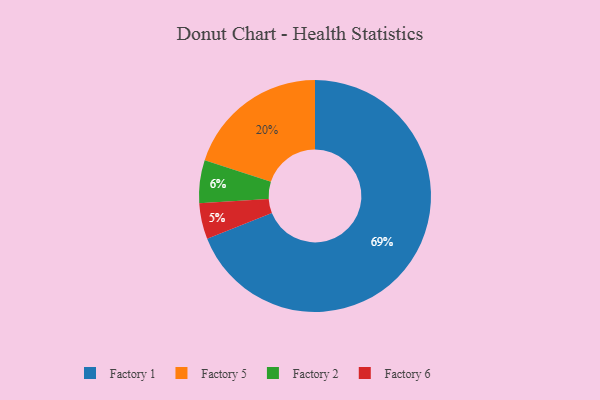
{"axis": {"x": "Category", "y": "Percentage"}, "legend": ["Factory 1", "Factory 2", "Factory 5", "Factory 6"], "data": [{"x": "Factory 5", "y": 20, "type": "Factory 5"}, {"x": "Factory 6", "y": 5, "type": "Factory 6"}, {"x": "Factory 2", "y": 6, "type": "Factory 2"}, {"x": "Factory 1", "y": 69, "type": "Factory 1"}]}